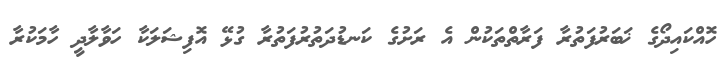
ހޮއްކައިދޯގެ ޚަބަރުފަތުރާ ފަރާތްތަކުން އެ ރަށުގެ ކަނޑުދަތުރުފަތުރާ ގުޅޭ އޮފިޝަލަކާ ހަވާލާދީ ހާމަކުރާ